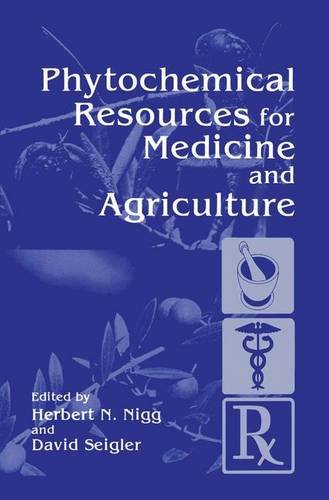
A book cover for Phytochemical Resources for Medicine and Agriculture; Medical Books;